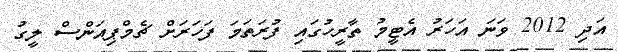
އަދި 2012 ވަަނަ އަަހަރު އެޓީމު ތާރީހުގައި ފުރަތަމަ ފަހަރަށް ޗެމްޕިއަންސް ލީގު